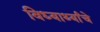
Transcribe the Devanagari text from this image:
विध्यार्थ्यांचे